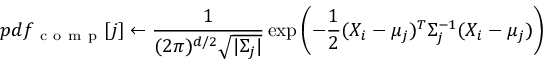
p d f _ { \mathrm { ~ c ~ o ~ m ~ p ~ } } [ j ] \leftarrow \frac { 1 } { ( 2 \pi ) ^ { d / 2 } \sqrt { | \Sigma _ { j } | } } \exp \left( - \frac { 1 } { 2 } ( X _ { i } - \mu _ { j } ) ^ { T } \Sigma _ { j } ^ { - 1 } ( X _ { i } - \mu _ { j } ) \right)